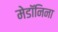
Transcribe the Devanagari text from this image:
मेडॉनिना